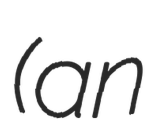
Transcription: (an